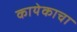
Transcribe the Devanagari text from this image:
कायेकाचा